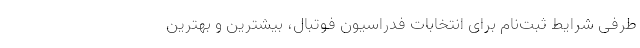
طرفی شرایط ثبت‌نام برای انتخابات فدراسیون فوتبال، بیشترین و بهترین